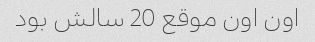
اون اون موقع 20 سالش بود